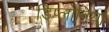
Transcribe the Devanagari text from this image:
डिप्लोपिया